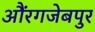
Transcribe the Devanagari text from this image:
औंरगजेबपुर